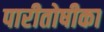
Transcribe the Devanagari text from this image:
पारीतोषीका